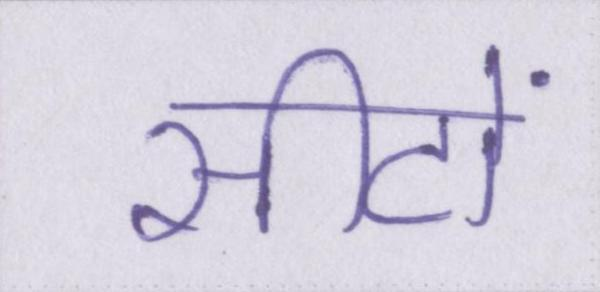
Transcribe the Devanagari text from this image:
सीटों